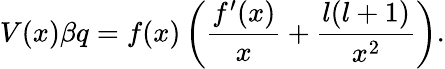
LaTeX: V(x)\beta q=f(x)\left(\frac{f^{\prime}(x)}{x}+\frac{l(l+1)}{x^{2}}\right).